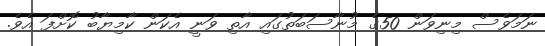
ނަމަވެސް މިނިވަން 50ގެ މުނާސަބަތުގައި އާތި ވަނީ އެކަން ކާމިޔާބު ކޮށްފަ އެވެ.